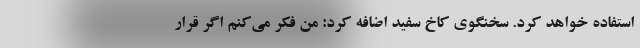
استفاده خواهد کرد. سخنگوی کاخ سفید اضافه کرد: من فکر می‌کنم اگر قرار